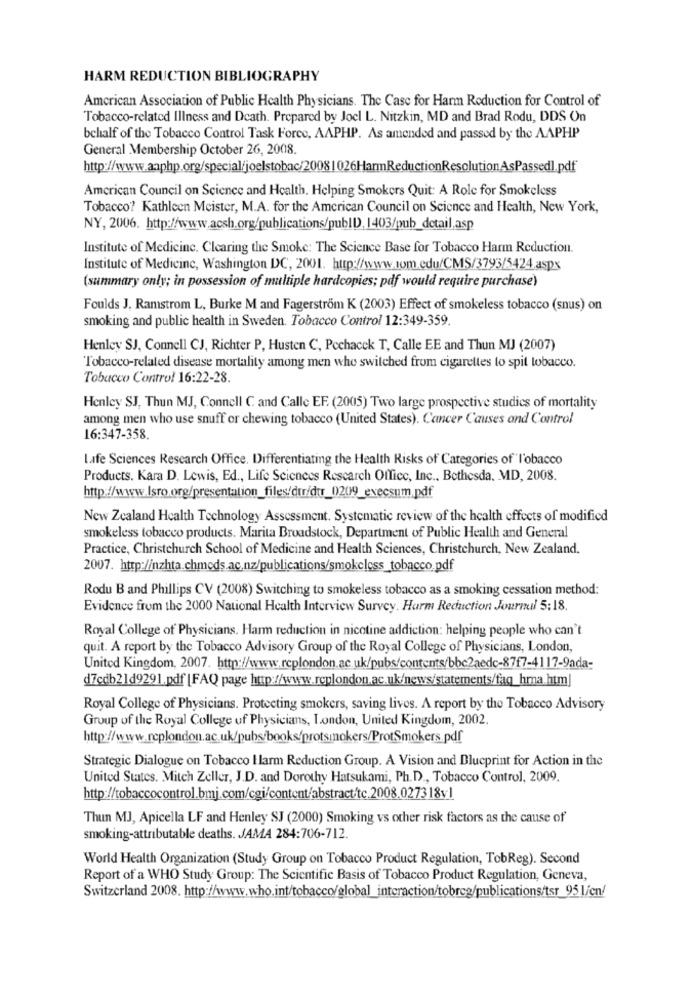
HARM REDUCTION BIBLIOGRAPHY
American Association of Public Health Physicians. The Case for Harm Reduction for Control of
Tobacco-related Illness and Death. Prepared by Joel L. Nitzkin, MD and Brad Rodu, DDS On
bchalf of the Tobacco Control Task Force, AAPHP. As amended and passed by the AAPHP
General Membership October 26, 2008.
http://www.aaphp.org/special/joelstobac/2008|026HarmReductionResolutionAsPassedl.pdf
American Council on Science and Health, Helping Smokers Quit: A Role for Smokeless
Tobacco? Kathleen Meister, M.A. for the American Council on Science and Health, New York,
NY, 2006. http://www.acsh.org/publications/pubID, 1403/pub_detail.asp
Institute of Medicine. Clearing the Smoke: The Science Base for Tobacco Harm Reduction.
Institute of Medicine, Washington DC, 2001. http://www.rom.edu/CMS/3793/5424.aspx
(summary only; in possession of multiple hardcopies; pdf would require purchase)
Foulds J. Ramstrom L, Burke M and Fagerström K (2003) Effect of smokeless tobacco (snus) on
smoking and public health in Sweden. Tobacco Control 12:349-359.
Henley SJ, Connell CJ, Richter P, Husten C, Pechacek T, Calle EE and Thun MJ (2007)
Tobacco-related disease mortality among men who switched from cigarettes to spit tobacco.
Tobacco Control 16:22-28.
Henley SJ, Thun MJ, Connell C and Calle EF. (2005) Two large prospective studies of mortality
among men who use snuff or chewing tobacco (United States). Cancer Causes and Control
16:347-358.
Life Sciences Research Office. Differentiating the Health Risks of Categories of l'obacco
Products. Kara D. Lewis, Ed ., Life Sciences Research Office, Inc ., Bethesda. MD, 2008.
http://www.Isro.org/presentation_files/dtr/dtr_0209_execsum.pdf
New Zealand Health Technology Assessment. Systematic review of the health effects of modified
smokeless tobacco products. Marita Broadstock, Department of Public Health and General
Practice, Christchurch School of Medicine and Health Sciences, Christchurch, New Zealand.
2007. http://nzhta.chmods.ac.nz/publications/smokeless_tobacco.pdf
Rodu B and Phillips CV (2008) Switching to smokeless tobacco as a smoking cessation method:
Evidence from the 2000 National Health Interview Survey. Harm Reduction Journul 5:18,
Royal College of Physicians. Harm reduction in nicotine addiction: helping people who can't
quit. A report by the Tobacco Advisory Group of the Royal College of Physicians, London,
United Kingdom, 2007. http://www.rcplondon.ac.uk/pubs/contents/bbc2aedc-87f7-4117-9ada-
d7cdb21d9291.pdf [FAQ page http://www.rcplondon.ac.uk/news/statements/fag_hma.htm]
Royal College of Physicians. Protecting smokers, saving lives. A report by the Tobacco Advisory
Group of the Royal College of Physicians, London, United Kingdom, 2002.
http://www.rcplondon.ac.uk/pubs/books/protsmokers/ProtSmokers.pdf
Strategic Dialogue on Tobacco I larm Reduction Group. A Vision and Blueprint for Action in the
United States. Mitch Zeller, J.D. and Dorothy Hatsukami, Ph.D ., Tobacco Control, 2009.
http://tobaccocontrol.bmj.com/cgi/content/abstract/tc.2008.027318v1
Thun MJ, Apicella LF and Henley SJ (2000) Smoking vs other risk factors as the cause of'
smoking-attributable deaths. JAMA 284:706-712.
World Health Organization (Study Group on Tobacco Product Regulation, TobReg). Second
Report of a WHO Study Group: The Scientific Basis of Tobacco Product Regulation, Geneva,
Switzerland 2008. http://www.who.int/tobacco/global_interaction/tobreg/publications/tsr_95l/en/